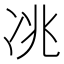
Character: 𱐃